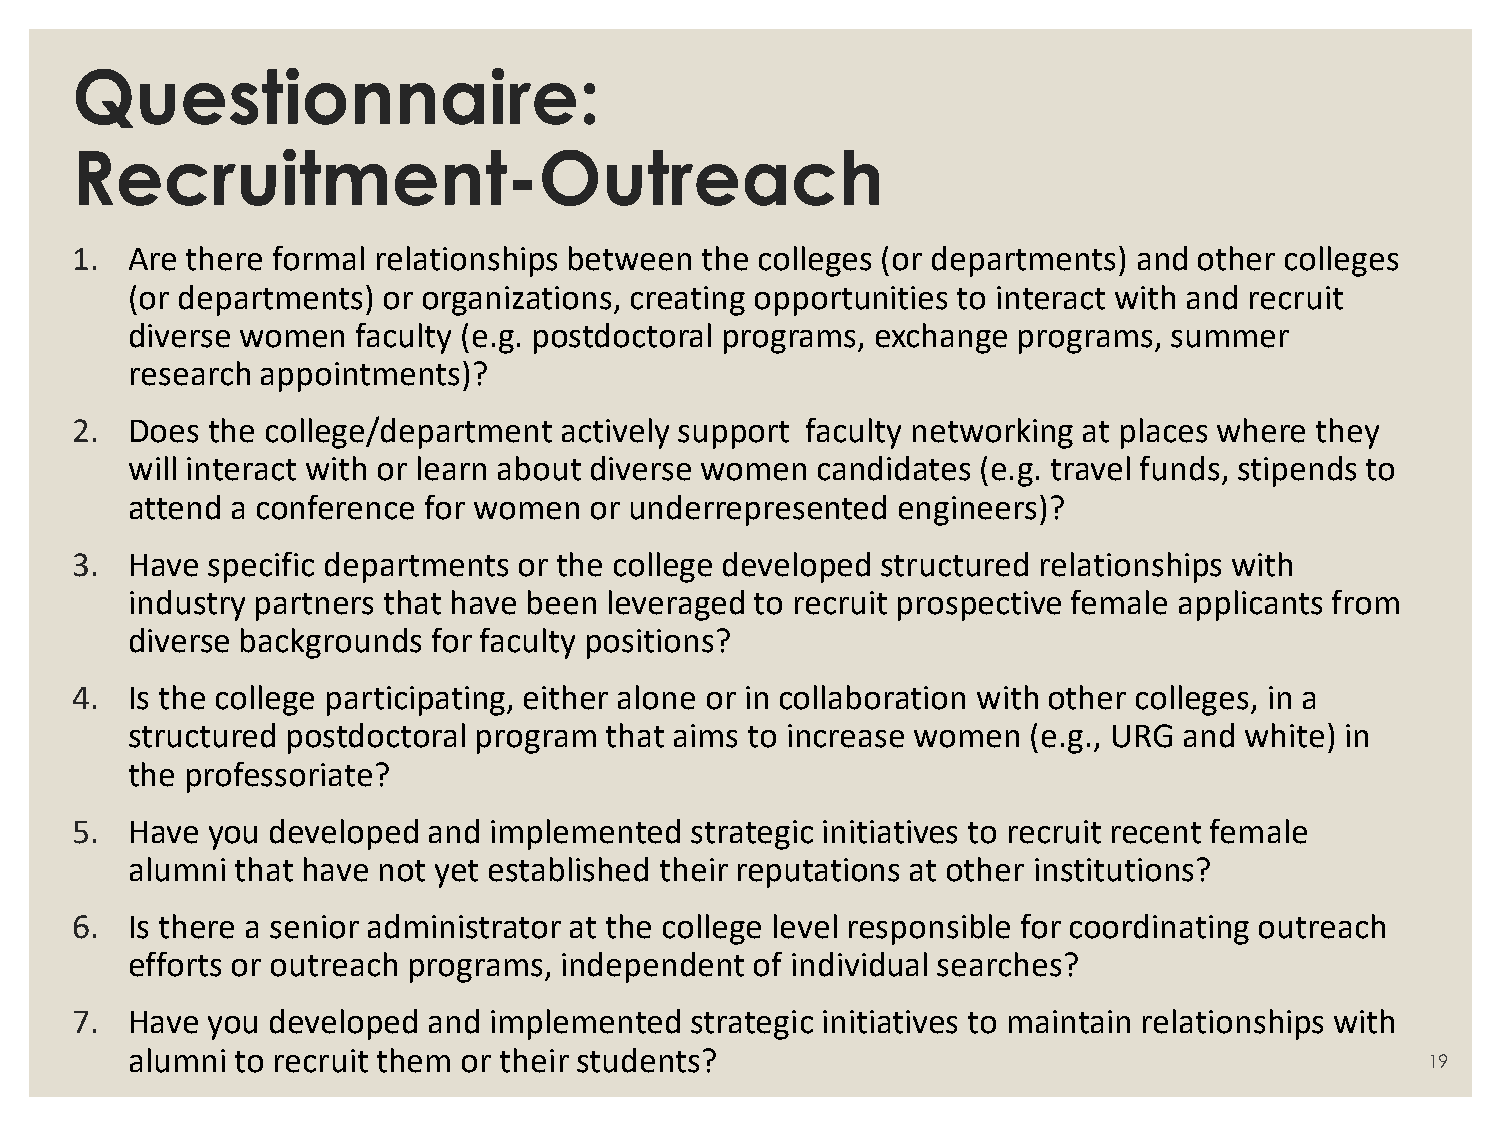
Questionnaire:
 Recruitment-Outreach
 1. Are there formal relationships between the colleges (or departments) and other colleges
 (or departments) or organizations, creating opportunities to interact with and recruit
 diverse women   faculty (e.g. postdoctoral programs, exchange programs, summer
 research appointments)?
 2. Does  the college/department actively support faculty networking at places where they
 will interact with or learn about diverse women candidates (e.g. travel funds, stipends to
 attend a conference for women  or underrepresented engineers)?
 3. Have  specific departments or the college developed structured relationships with
 industry partners that have been leveraged to recruit prospective female applicants from
 diverse backgrounds  for faculty positions?
 4. Is the college participating, either alone or in collaboration with other colleges, in a
 structured postdoctoral program that aims to increase women (e.g., URG and white) in
 the professoriate?
 5. Have  you developed and implemented   strategic initiatives to recruit recent female
 alumni  that have not yet established their reputations at other institutions?
 6. Is there a senior administrator at the college level responsible for coordinating outreach
 efforts or outreach programs, independent of individual searches?
 7. Have  you developed and implemented   strategic initiatives to maintain relationships with
 alumni  to recruit them or their students?
 19